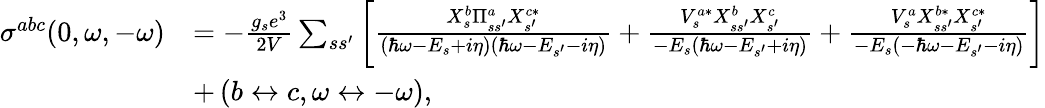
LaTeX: \begin{array}{rl}{\sigma^{abc}(0,\omega,-\omega)}&{=-\frac{g_{s}e^{3}}{2V}\sum_{ss^{\prime}}\left[\frac{X_{s}^{b}\Pi_{ss^{\prime}}^{a}X_{s^{\prime}}^{c*}}{\left(\hbar\omega-E_{s}+i\eta\right)\left(\hbar\omega-E_{s^{\prime}}-i\eta\right)}+\frac{V_{s}^{a*}X_{ss^{\prime}}^{b}X_{s^{\prime}}^{c}}{-E_{s}\left(\hbar\omega-E_{s^{\prime}}+i\eta\right)}+\frac{V_{s}^{a}X_{ss^{\prime}}^{b*}X_{s^{\prime}}^{c*}}{-E_{s}\left(-\hbar\omega-E_{s^{\prime}}-i\eta\right)}\right]}\\ &{+\left(b\leftrightarrow c,\omega\leftrightarrow-\omega\right),}\end{array}